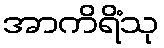
အာကိရိံသု